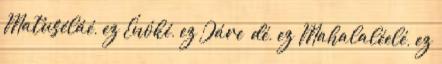
Matuséláé, ez Énóké, ez Járe− dé, ez Mahalaléelé, ez